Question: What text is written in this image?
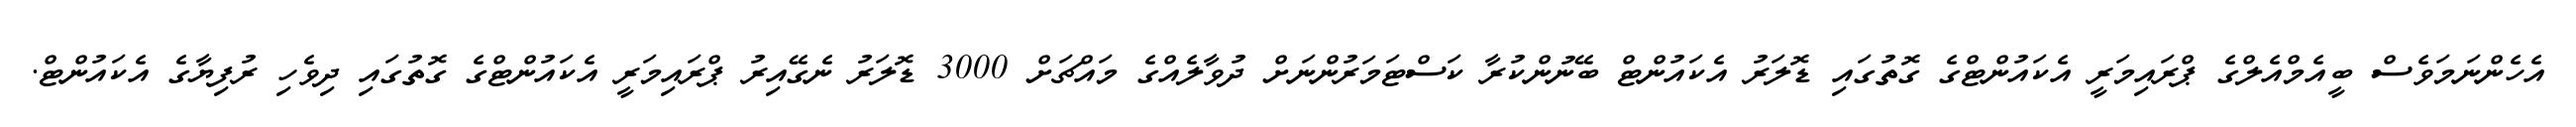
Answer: އެހެންނަމަވެސް ބީއެމްއެލްގެ ޕްރައިމަރީ އެކައުންޓްގެ ގޮތުގައި ޑޮލަރު އެކައުންޓް ބޭނުންކުރާ ކަސްޓަމަރުންނަށް ދުވާލެއްގެ މައްޗަށް 3000 ޑޮލަރު ނެގޭއިރު ޕްރައިމަރީ އެކައުންޓްގެ ގޮތުގައި ދިވެހި ރުފިޔާގެ އެކައުންޓް.